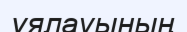
ұялауының